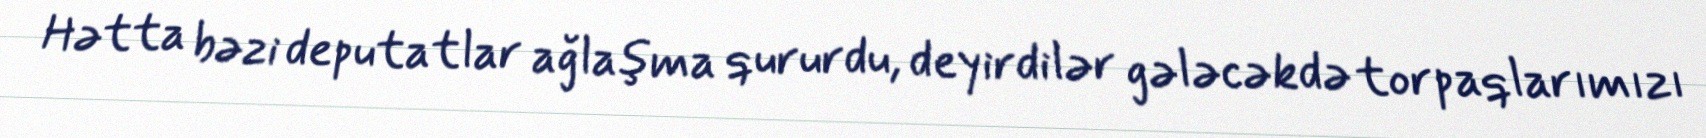
Hətta bəzi deputatlar ağlaşma qururdu, deyirdilər gələcəkdə torpaqlarımızı